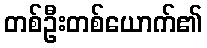
တစ်ဦးတစ်ယောက်၏